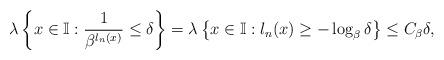
LaTeX: \begin{align*}\lambda \left\{x \in \mathbb{I}: \frac{1}{\beta^{l_n(x)}}\leq \delta\right\} = \lambda\left\{x \in \mathbb{I}: l_n(x) \geq -\log_\beta\delta \right\} \leq C_\beta \delta,\end{align*}